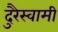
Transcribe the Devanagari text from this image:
दुरैस्वामी